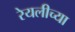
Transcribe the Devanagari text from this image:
रेयलीच्या